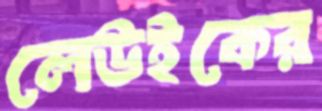
লেউইকের